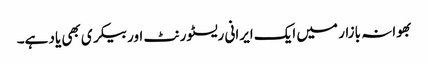
بھوانہ بازار میں ایک ایرانی ریسٹورنٹ اور بیکری بھی یاد ہے۔